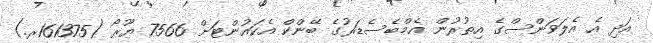
އަދި އެ އެލަވަންސްގެ އިތުރުން އެމްބެސެޑަރުގެ ބޭންކް އެކައުންޓަށް 7566 ޔޫރޯ (161375ރ.)